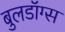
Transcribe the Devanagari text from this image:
बुलडॉग्स